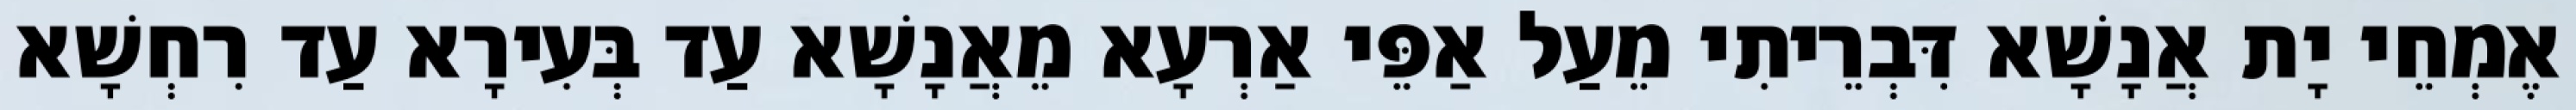
אֶמְחֵי יָת אֲנָשָׁא דִּבְרֵיתִי מֵעַל אַפֵּי אַרְעָא מֵאֲנָשָׁא עַד בְּעִירָא עַד רִחְשָׁא